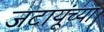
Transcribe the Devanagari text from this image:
जटायूंच्या